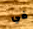
في